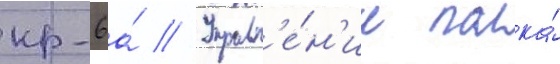
кр-6а́ // Управл'е́н'ие полка́